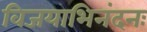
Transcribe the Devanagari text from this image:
विजयाभिनंदनः